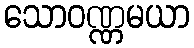
သောဝဏ္ဏမယာ